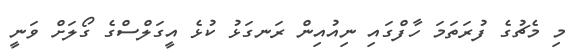
މި މެޗުގެ ފުރަތަމަ ހާފްގައި ނިއުއިން ރަނގަޅު ކުޅެ އީގަލްސްގެ ގޯލަށް ވަނީ